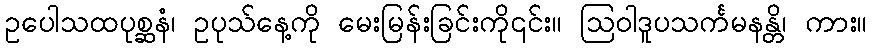
ဥပေါသထပုစ္ဆနံ၊ ဥပုသ်နေ့ကို မေးမြန်းခြင်းကို၎င်း။ ဩဝါဒူပသင်္ကမနန္တိ၊ ကား။